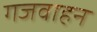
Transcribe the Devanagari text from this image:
गजवाहन